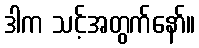
ဒါက သင့်အတွက်နော်။